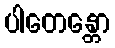
ပါတေန္တော